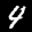
Label: 4